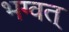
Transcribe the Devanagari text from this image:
भग्वत्